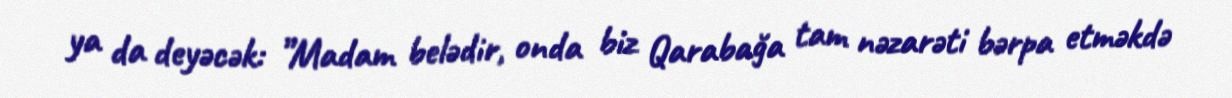
ya da deyəcək: ”Madam belədir, onda biz Qarabağa tam nəzarəti bərpa etməkdə